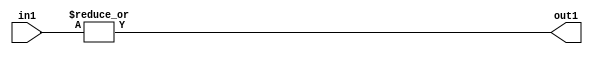
`timescale 1ps / 1ps
/*****************************************************************************
    Verilog RTL Description
    
    
    Created by: Stratus DpOpt 21.05.01 
*******************************************************************************/

module dut_OrReduction_32U_1U_1 (
	in1,
	out1
	); /* architecture "behavioural" */ 
input [31:0] in1;
output  out1;
wire  asc001;

assign asc001 = 
	(|in1);

assign out1 = asc001;
endmodule

/* CADENCE  urX1TAw= : u9/ySxbfrwZIxEzHVQQV8Q== ** DO NOT EDIT THIS LINE ******/